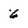
Character: 6